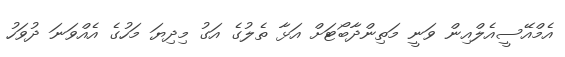
އެމްއޭސީއެލްއިން ވަނީ މަތިންދާބޯޓަށް އަޅާ ތެލުގެ އަގު މިދިޔަ މަހުގެ އެއްވަނަ ދުވަހު